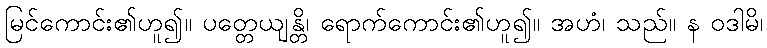
မြင်ကောင်း၏ဟူ၍။ ပတ္တေယျန္တိ၊ ရောက်ကောင်း၏ဟူ၍။ အဟံ၊ သည်။ န ဝဒါမိ၊